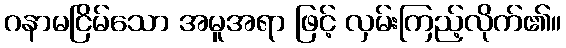
ဂနာမငြိမ်သော အမူအရာ ဖြင့် လှမ်းကြည့်လိုက်၏။